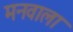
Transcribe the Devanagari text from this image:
मनवाला